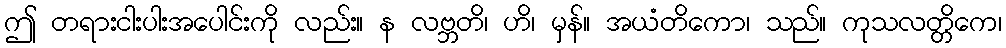
ဤ တရားငါးပါးအပေါင်းကို လည်း။ န လဗ္ဘတိ၊ ဟိ၊ မှန်။ အယံတိကော၊ သည်။ ကုသလတ္တိကေ၊